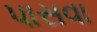
પાસવા